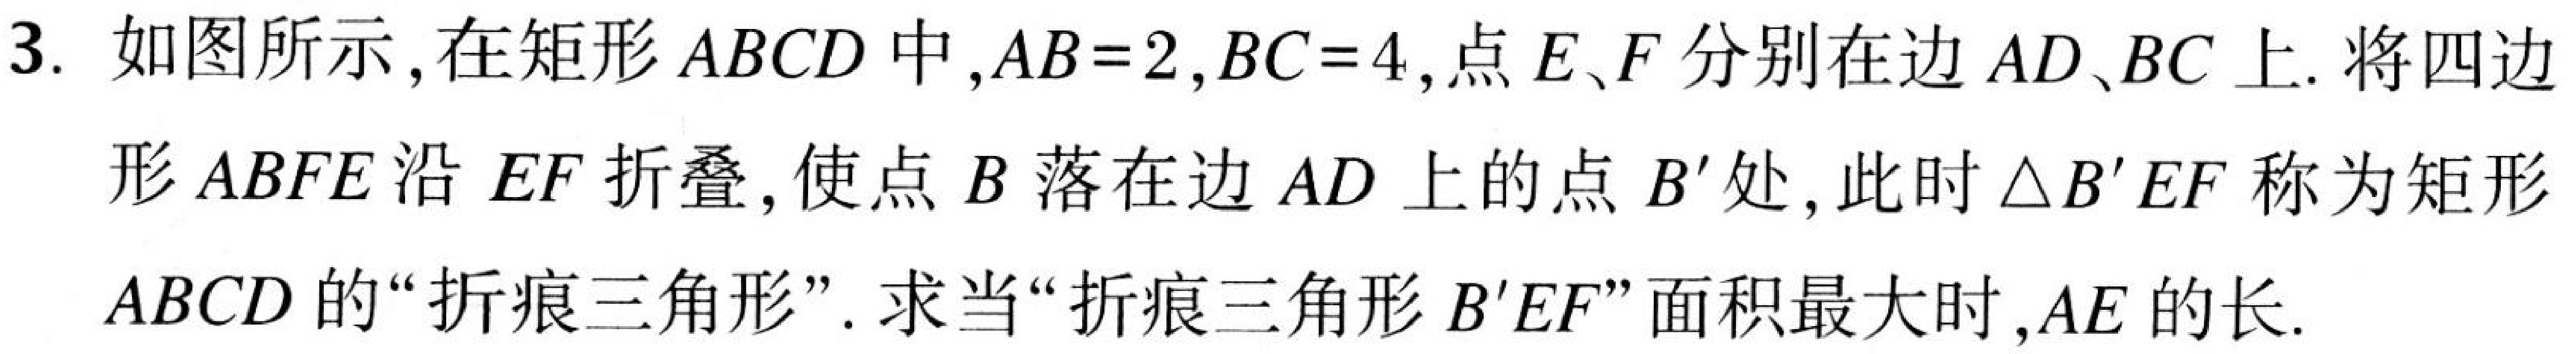
3. 如图所示,在矩形 \(ABCD\) 中,\(AB = 2\),\(BC = 4\),点 \(E\)、\(F\) 分别在边 \(AD\)、\(BC\) 上. 将四边形 \(ABFE\) 沿 \(EF\) 折叠,使点 \(B\) 落在边 \(AD\) 上的点 \(B'\) 处, 此时 \(\triangle B'EF\) 称为矩形 \(ABCD\) 的“折痕三角形”. 求当“折痕三角形 \(B'EF\)”面积最大时,\(AE\) 的长.